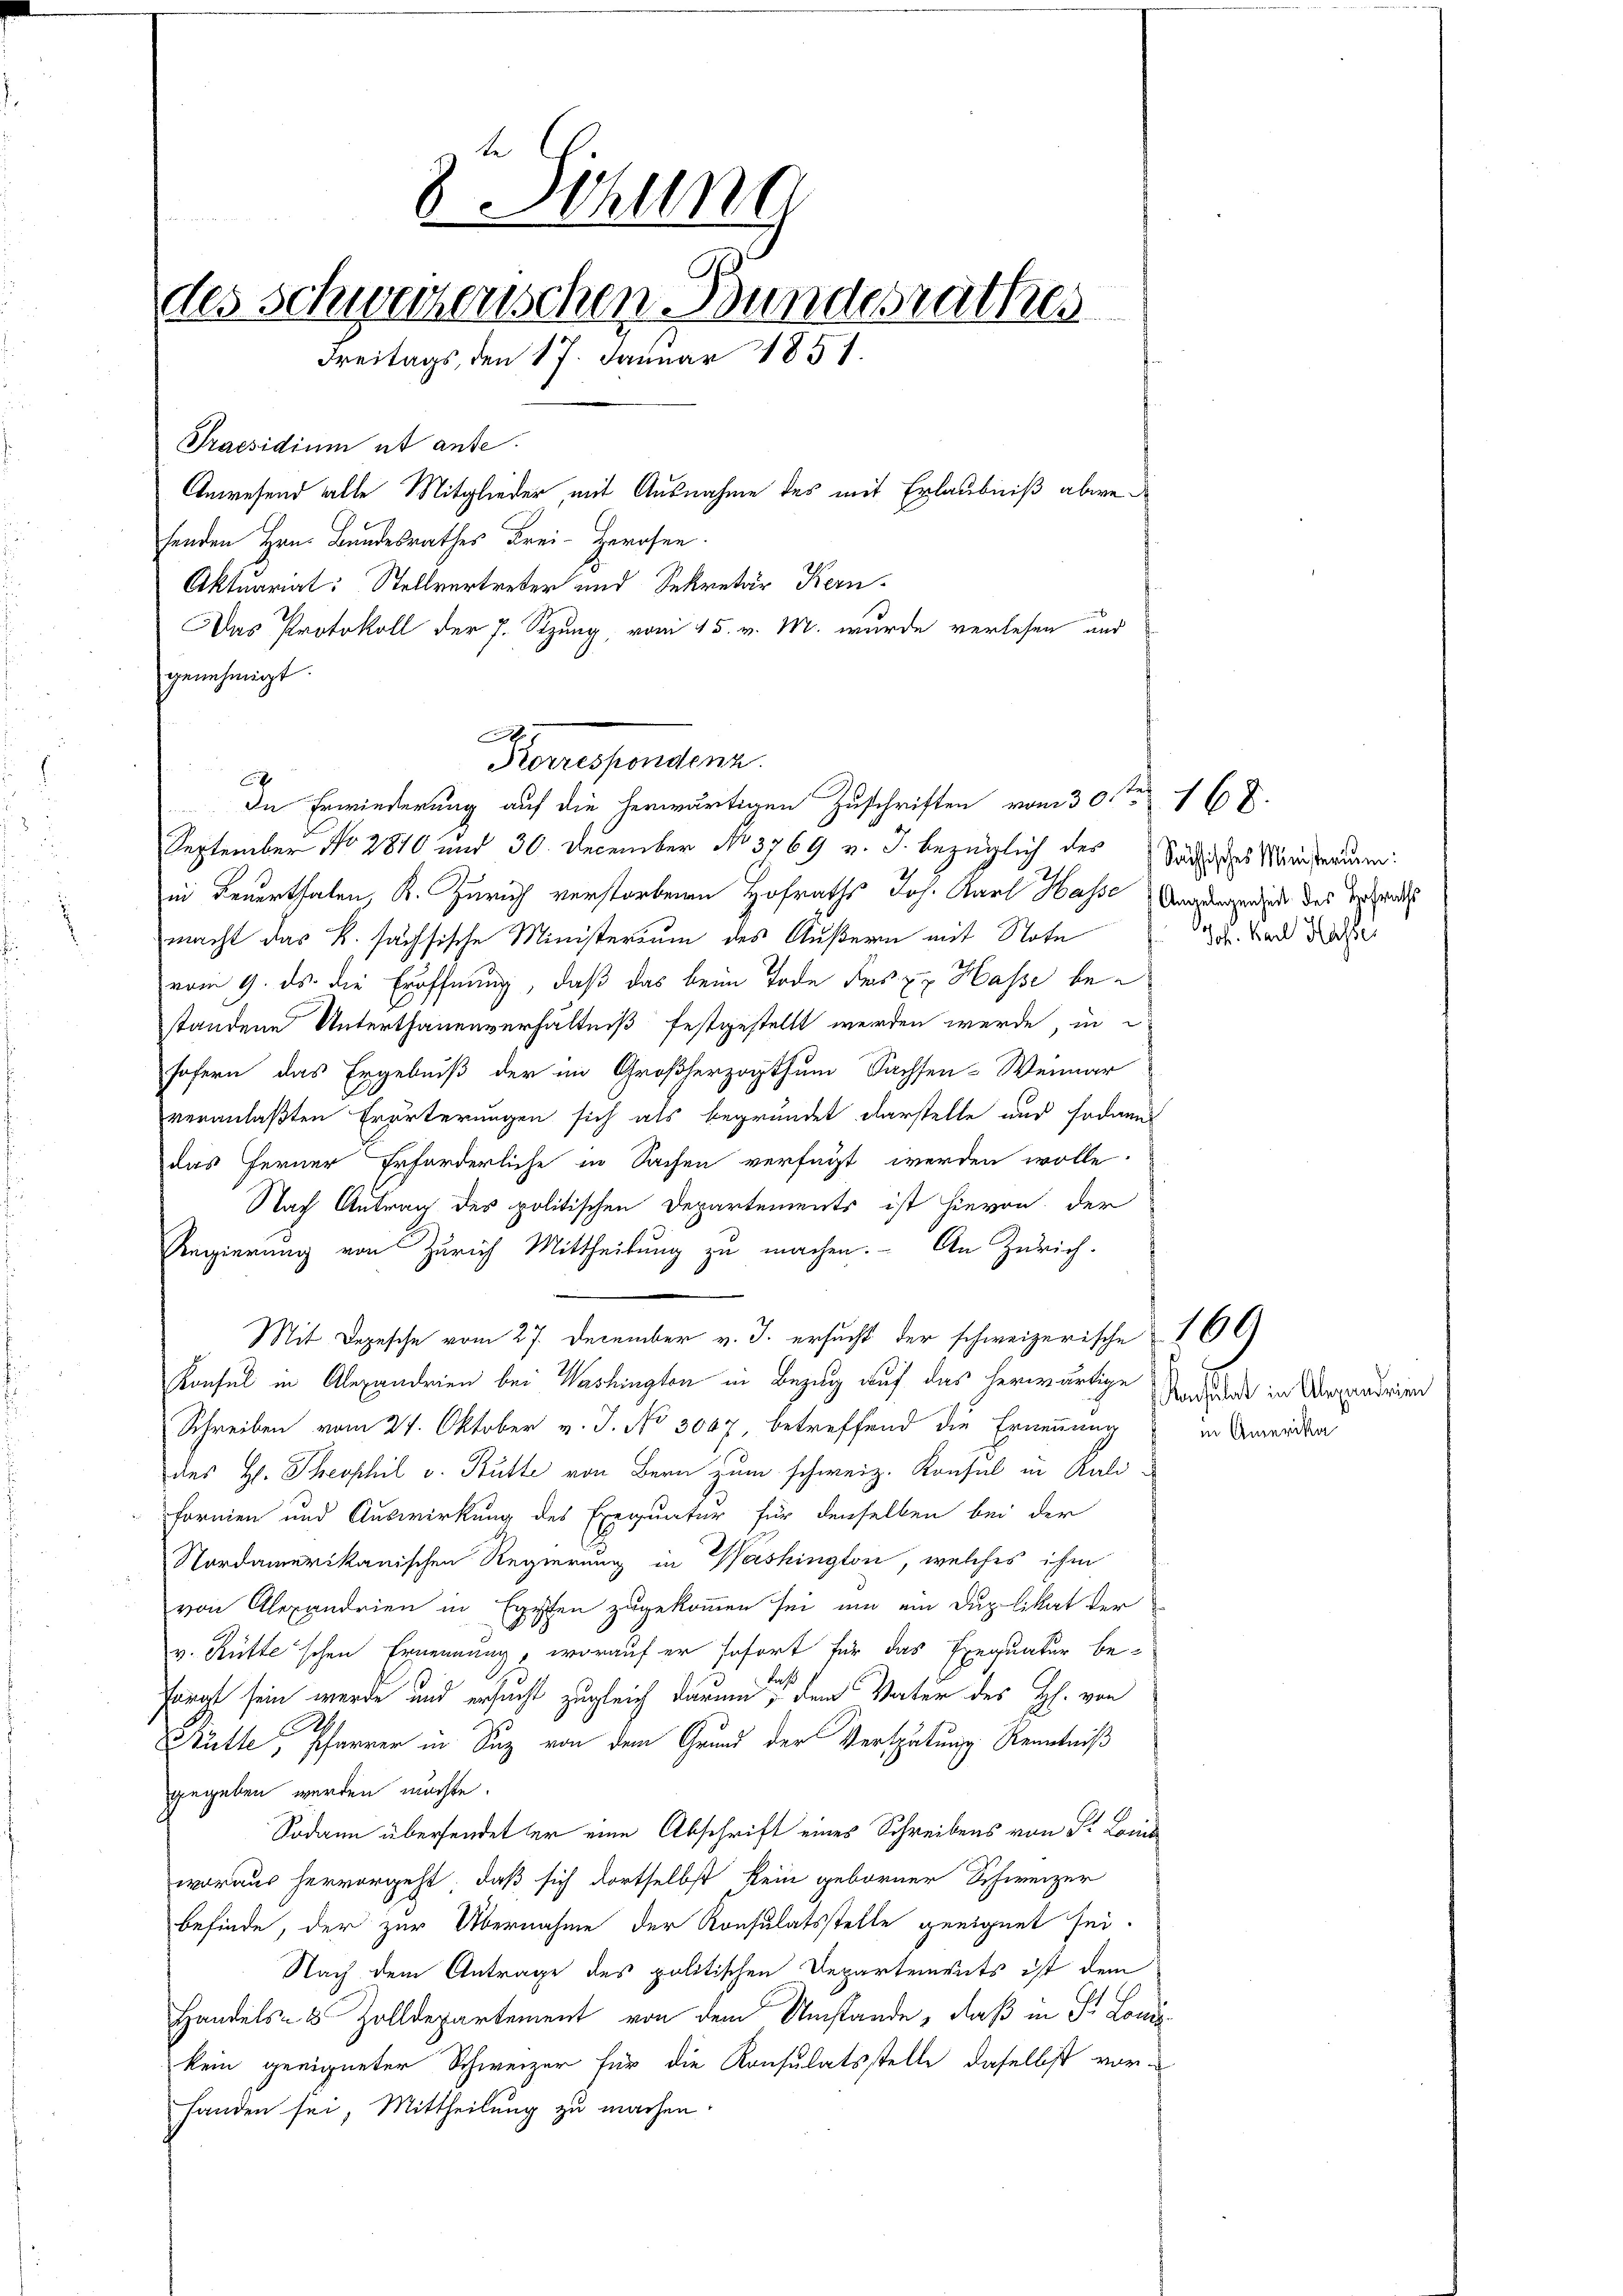
fenden Hrn. Bundesrathes Frei- Herosen
Aktuariat: Stellvertreter und Sekretär Kern-
Das Protokoll der J. Stzung, vom 15. v. M. wurde verlesen und
genehmigt.
x
September No 2810 und 30. December No 3769 v. J. bezüglich der Sächisches Marierun
in Feuerthalen, K. Zürich verstorbenen Hofraths Joh. Karl Hass Ungewendig des Verhandes
macht das K. sächsische Ministerium des Äußeren mit Note
vom 9. ds. die Eröffnung, daß das beim Tode des zu Hasse bestandene Unterthanenverhältniß festgestellt werden werde, in
sofern das Ergebniß der im Großherzogthum Sachsen-Weimar
veranlaßten Erörterungen sich als begründet darstelle und sodann
das Ferner Erforderliche in Sachen verfügt werden wolle.
Nach Antrag des politischen Departements ist hievon der
Regierung von Zürich Mittheilung zu machen. An Zürich.
Mit Depesche vom 27. December v. J. ersucht der schweizerische 266)
Konsul in Alexandrien bei Washingten in Bezug auf das herwärtige Andernde in Argendrien
Schreiben vom 24. Oktober v. J. No 307, betreffend die Ernennung
des H. Theophil v. Butte von Bern zum schweiz. Konsul in Kali¬
Formen und Auswirkung des Exequatur für denselben bei der
Nordamerikanischen Regierung in Washington, welches ihm
von Alexandrien in Ergesten zugekommen sei, um ein Duplikat der
v. Hütte'schen Ernennung, worauf er sofort für das Exequatur be-
Las
Porgt sein werde und ersucht zugleich darum, dem Vater des H. von
Ratte, Pfarrer in Suz von dem Grund der Verspätung Kenntniß
gegeben werden möchte.
Sodann übersendet er eine Abschrift eines Schreibens von P. Lori
woraus hervorgeht, daß sich dortselbst kein geborner Schweizer
befinde, der zur Übernahme der Konsulatsstelle geeignet sei.
Nach dem Antrage des politischen Departenvets ist dem
Handels- 8 Zolldepartement von dem Umstände, daß in S. Lonikein geeigneter Schweizer für die Konsulatsstelle daselbst vor-
handen sei, Mittheilung zu machen.

¬

8 Sitzung
ses Schweizerischen Bundesrathes
Freitags, den 17. Januar 1851.
Praesidium et ante.
Anwesend alle Mitglieder mit Ausnahme des mit Erlaubniß abwe¬

A
Korrespondenz
In Erwiederung auf die herwärtigen Zuschriften vom 30sten 168.

Jos. Karl Hechte

in Amerika